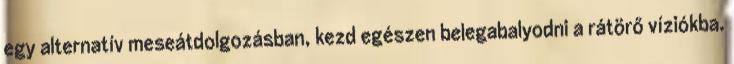
egy alternatív meseátdolgozásban, kezd egészen belegabalyodni a rátörő víziókba.